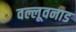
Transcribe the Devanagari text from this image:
वल्लूवनाड